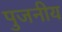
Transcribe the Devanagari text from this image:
पुजनीय